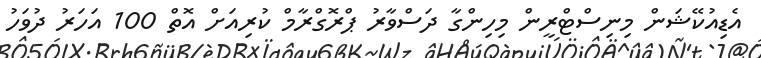
އެޑިއުކޭޝަން މިނިސްޓްރީން މިހިންގާ ދަސްވާރު ޕްރޮގްރާމް ކުރިއަށް އޮތް 100 އަހަރު ދުވަހު